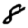
Digit: 8